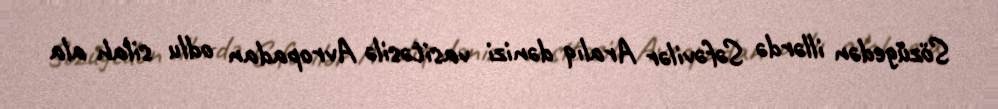
Sözügedən illərdə Səfəvilər Aralıq dənizi vasitəsilə Avropadan odlu silah ala